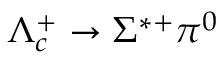
\Lambda _ { c } ^ { + } \to \Sigma ^ { * + } \pi ^ { 0 }